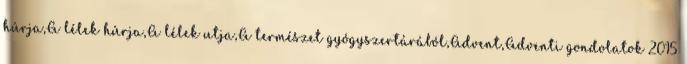
húrja,A lélek húrja,A lélek utja,A természet gyógyszertárából,Advent,Adventi gondolatok 2015